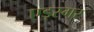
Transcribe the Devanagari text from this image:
एड्स्गर